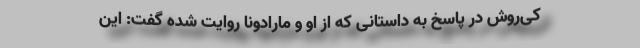
کی‌روش در پاسخ به داستانی که از او و مارادونا روایت شده گفت: این